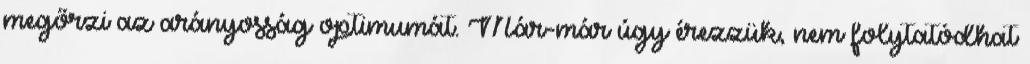
megőrzi az arányosság optimumát. Már-már úgy érezzük, nem folytatódhat